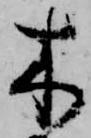
木